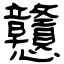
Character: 戇